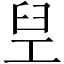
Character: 𬛸